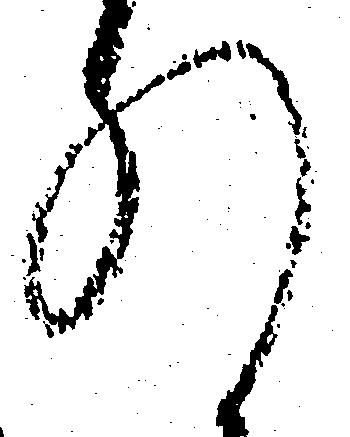
れ